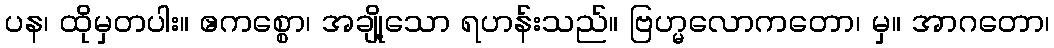
ပန၊ ထိုမှတပါး။ ဧကစ္စော၊ အချို့သော ရဟန်းသည်။ ဗြဟ္မလောကတော၊ မှ။ အာဂတော၊